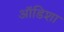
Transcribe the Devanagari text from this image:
ऑडिशा